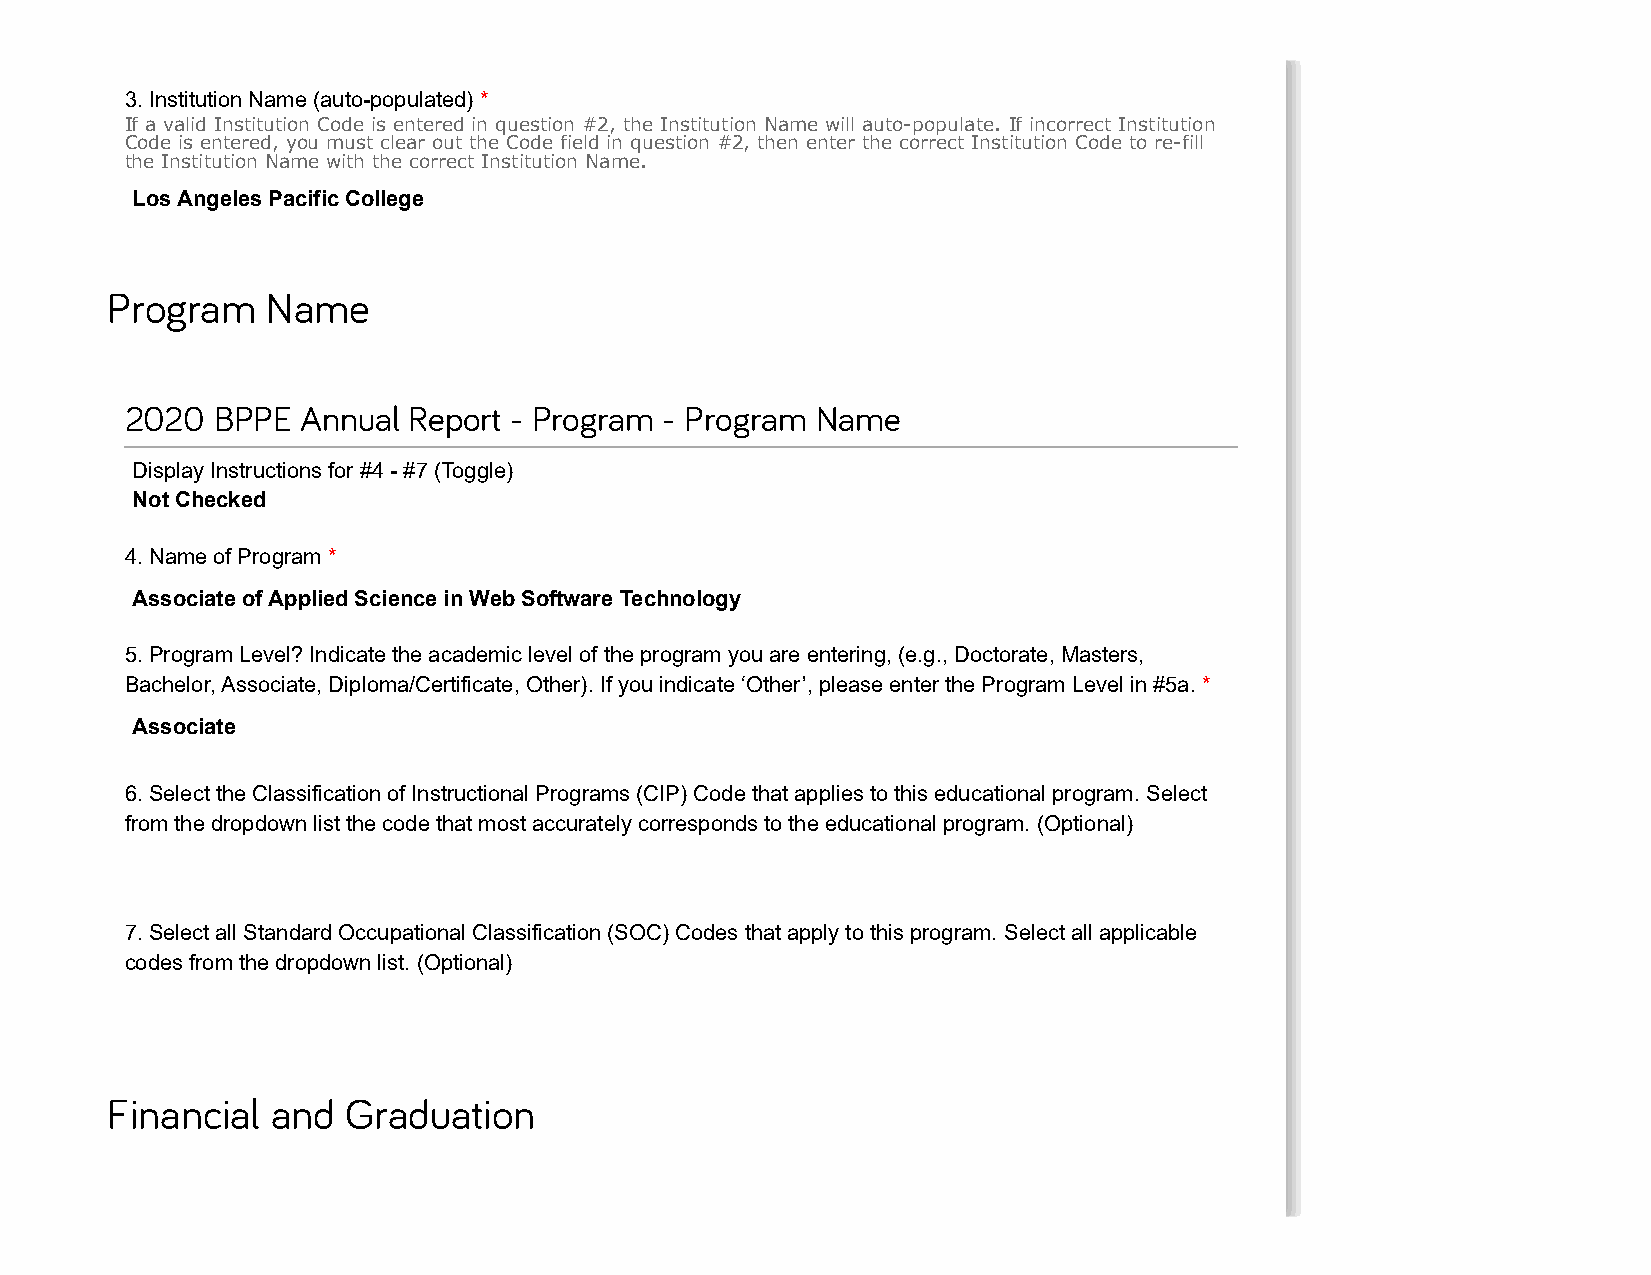
3. Institution Name (auto-populated) *
 If a valid Institution Code is entered in question #2, the Institution Name will auto-populate. If incorrect Institution
 Code is entered, you must clear out the Code field in question #2, then enter the correct Institution Code to re-fill
 the Institution Name with the correct Institution Name.
 Los Angeles Pacific College
 Program    Name
 2020  BPPE  Annual Report - Program - Program Name
 Display Instructions for #4 - #7 (Toggle)
 Not Checked
 4. Name of Program *
 Associate of Applied Science in Web Software Technology
 5. Program Level? Indicate the academic level of the program you are entering, (e.g., Doctorate, Masters,
 Bachelor, Associate, Diploma/Certificate, Other). If you indicate ‘Other’, please enter the Program Level in #5a. *
 Associate
 6. Select the Classification of Instructional Programs (CIP) Code that applies to this educational program. Select
 from the dropdown list the code that most accurately corresponds to the educational program. (Optional)
 7. Select all Standard Occupational Classification (SOC) Codes that apply to this program. Select all applicable
 codes from the dropdown list. (Optional)
 Financial  and  Graduation